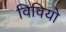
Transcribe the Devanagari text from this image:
विवियो